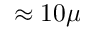
\approx 1 0 \mu